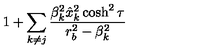
1 + \sum _ { k \ne j } { \frac { \beta _ { k } ^ { 2 } \hat { x } _ { k } ^ { 2 } \cosh ^ { 2 } \tau } { r _ { b } ^ { 2 } - \beta _ { k } ^ { 2 } } }